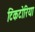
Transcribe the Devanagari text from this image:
टिंकटोरिया